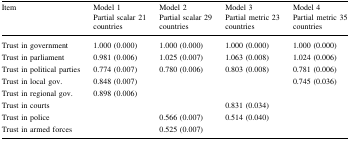
| Item | Model 1Partial scalar 21 countries | Model 2Partial scalar 29 countries | Model 3Partial metric 23 countries | Model 4Partial metric 35 countries |
 | --- | --- | --- | --- | --- |
 | Trust in government | 1.000 (0.000) | 1.000 (0.000) | 1.000 (0.000) | 1.000 (0.000) |
 | Trust in parliament | 0.981 (0.006) | 1.025 (0.007) | 1.063 (0.008) | 1.024 (0.006) |
 | Trust in political parties | 0.774 (0.007) | 0.780 (0.006) | 0.803 (0.008) | 0.781 (0.006) |
 | Trust in local gov. | 0.848 (0.007) |  |  | 0.745 (0.036) |
 | Trust in regional gov. | 0.898 (0.006) |  |  |  |
 | Trust in courts |  |  | 0.831 (0.034) |  |
 | Trust in police |  | 0.566 (0.007) | 0.514 (0.040) |  |
 | Trust in armed forces |  | 0.525 (0.007) |  |  |